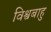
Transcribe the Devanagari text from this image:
विश्वबाहु